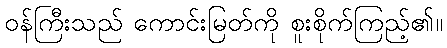
ဝန်ကြီးသည် ကောင်းမြတ်ကို စူးစိုက်ကြည့်၏။